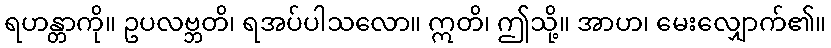
ရဟန္တာကို။ ဥပလဗ္ဘတိ၊ ရအပ်ပါသလော။ ဣတိ၊ ဤသို့။ အာဟ၊ မေးလျှောက်၏။